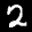
Label: 2